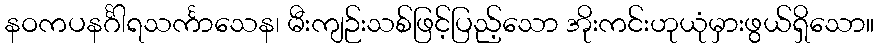
နဝကပနင်္ဂါရသင်္ကာသေန၊ မီးကျဉ်းသစ်ဖြင့်ပြည့်သော အိုးကင်းဟုယုံမှားဖွယ်ရှိသော။